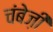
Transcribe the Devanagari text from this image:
चंबेज़ी